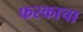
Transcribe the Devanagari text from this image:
फरकाचा